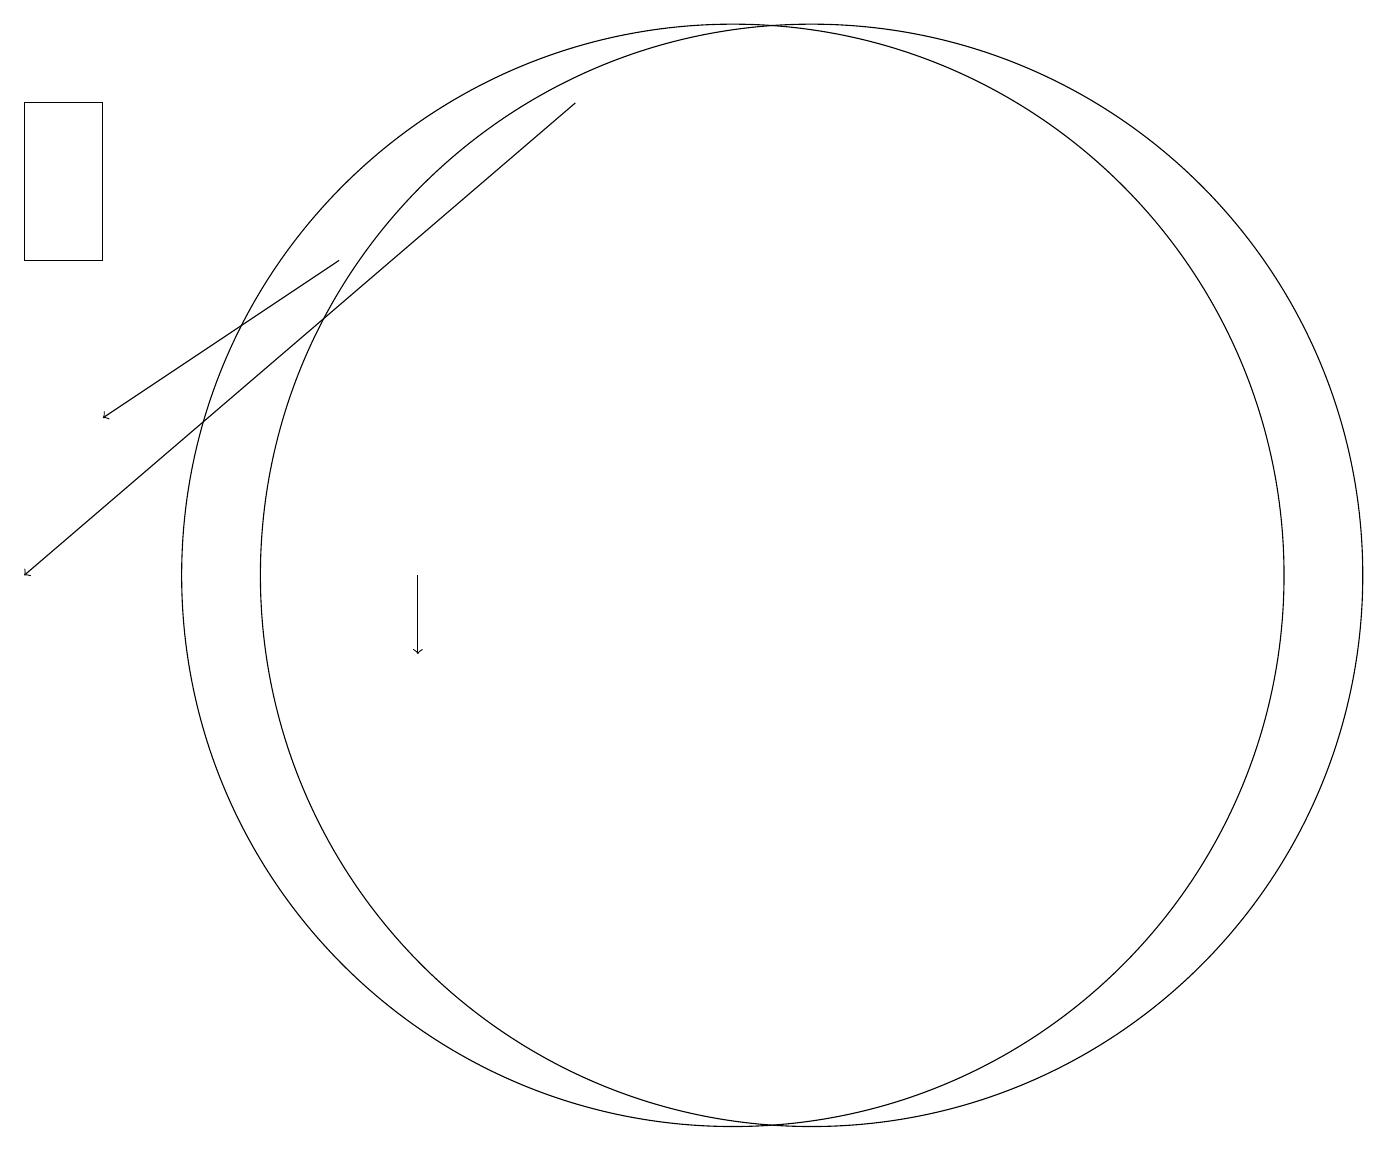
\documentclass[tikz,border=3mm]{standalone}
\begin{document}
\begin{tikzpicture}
\draw (2,15) rectangle (1,17);
\draw[->] (5,15) -- (2,13);
\draw[->] (8,17) -- (1,11);
\draw[->] (6,11) -- (6,10);
\draw (11,11) circle (7);
\draw (10,11) circle (7);
\draw (10,11) circle (0);
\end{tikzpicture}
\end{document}